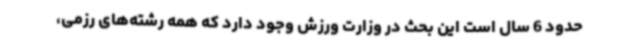
حدود 6 سال است این بحث در وزارت ورزش وجود دارد که همه رشته‌های رزمی،